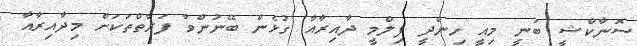
ސޮނާކްޝީ ބުނީ މިއީ ހިންދީ ފިލްމީ ދާއިރާއާ ގުޅެން ބޭނުންވާ ފަރާތްތަކަށް މިދާއިރާއާ